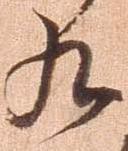
九